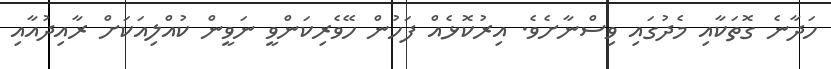
ހަދާނެ ގޮތަކާއި މެދުގައި ވިސްނާށެވެ. އިރުކޮޅެއް ފަހުން ހޭވެރިކަންވީ ނަވީން ކުއްލިއަކަށް ރާއިދުއާއި